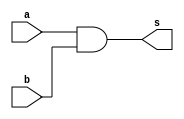
// ---------------------
// Exercicio09 - and (4 entradas)
// Nome: Raphael Quintao
// ---------------------
// ---------------------
// -- and gate
// ---------------------
module andgate (output s, input a, b);
assign s = a & b;
endmodule // and

module andnovo (output s, input a, b, c, d);
wire resp, resp2;
andgate and1 (resp, a, b);
andgate and2 (resp2, c, d);
andgate and3 (s, resp, resp2);
endmodule // and
// ---------------------
// -- test andgate
// ---------------------
module testandgate;
// ------------------------- dados locais
reg a,b,c,d; // definir registrador
wire s; // definir conexao (fio)
// ------------------------- instancia
andnovo andx (s, a, b, c, d);
// ------------------------- preparacao
initial begin:start
a=0;
b=0;
c=0;
d=0;
end
// ------------------------- parte principal
initial begin:main
$display("Exercicio09 - Raphael Quintao - 445171");
$display("Test and gate(4 entradas)");
$display("\na x b = s\n");
$monitor("%b x %b x %b x %b = %b", a, b, c, d, s);

#1 a=0; b=0; c=0; d=0;
#1 a=0; b=0; c=0; d=1; 
#1 a=0; b=0; c=1; d=0;
#1 a=0; b=0; c=1; d=1; 
#1 a=0; b=1; c=0; d=0;
#1 a=0; b=1; c=0; d=1; 
#1 a=0; b=1; c=1; d=0;
#1 a=0; b=1; c=1; d=1; 
#1 a=1; b=0; c=0; d=0;
#1 a=1; b=0; c=0; d=1; 
#1 a=1; b=0; c=1; d=0;
#1 a=1; b=0; c=1; d=1; 
#1 a=1; b=1; c=0; d=0;
#1 a=1; b=1; c=0; d=1; 
#1 a=1; b=1; c=1; d=0;
#1 a=1; b=1; c=1; d=1;

end
endmodule // testandgate